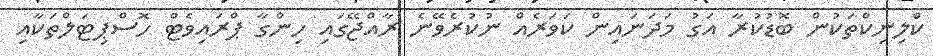
ކްލިނިކްތަކުން ބޮޑުކުރާ އަގު މަދަނައިން ކަވަރެއް ނުކުރެވޭނެ ރާއްޖޭގައި ހިންގާ ޕްރައިވެޓް ހޮސްޕިޓަލްތަކާއި